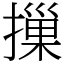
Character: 摷